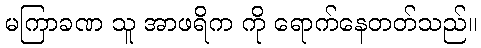
မကြာခဏ သူ အာဖရိက ကို ရောက်နေတတ်သည်။